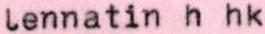
lennatin h hk